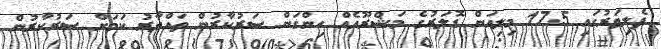
ފެލިވަރުގައި 17.5 މިލިއަން ޑޮލަރުގެ މަޝްރޫއެއް ހިންގަން ސަރުކާރުން ތައްޔާރު ކަމަށް ސަރުކާރުން